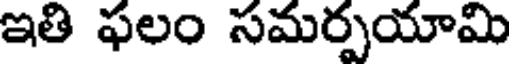
ఇతి ఫలం సమర్పయామి